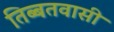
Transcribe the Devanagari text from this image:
तिब्बतवासी